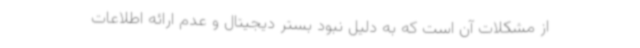
از مشکلات آن است که به دلیل نبود بستر دیجیتال و عدم ارائه اطلاعات